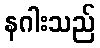
နဂါးသည်